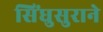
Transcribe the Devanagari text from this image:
सिंधुसुराने